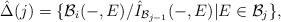
LaTeX: \begin{align*} \hat{\Delta}(j)=\{\mathcal{B}_i(-,E)/\hat{I}_{\mathcal{B}_{j-1}}(-,E)|E\in\mathcal{B}_j\},\end{align*}